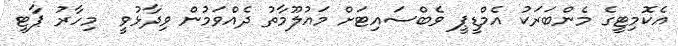
އެކޮމިޓީގެ މެންބަރަކު އެމްޑީޕީ ވެބްސައިޓަށް މައުލޫމާތު ދެއްވަމުން ވިދާޅުވީ  މިހާރު ޕާޓީ